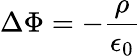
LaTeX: \Delta\Phi=-\frac{\rho}{\epsilon_{0}}